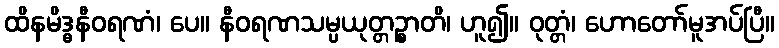
ထိနမိဒ္ဓနီဝရဏံ၊ ပေ။ နီဝရဏသမ္ပယုတ္တဉ္စာတိ၊ ဟူ၍။ ဝုတ္တံ၊ ဟောတော်မူအပ်ပြီ။